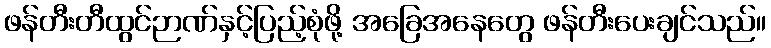
ဖန်တီးတီထွင်ဉာဏ်နှင့်ပြည့်စုံဖို့ အခြေအနေတွေ ဖန်တီးပေးချင်သည်။